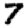
Digit: 7